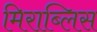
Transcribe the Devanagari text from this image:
मिराब्लिस